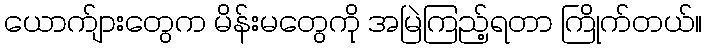
ယောက်ျားတွေက မိန်းမတွေကို အမြဲကြည့်ရတာ ကြိုက်တယ်။